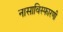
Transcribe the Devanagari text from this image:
नासाविस्फारणी